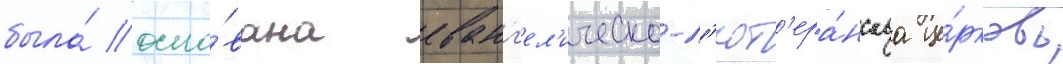
была́ осно́вана еванг'ел'ическо-л'ют'ера́нскаа це́рковь